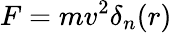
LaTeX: F=mv^{2}\delta_{n}(r)